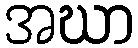
အဃာ